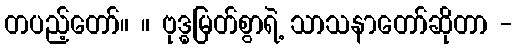
တပည့်တော်။ ။ ဗုဒ္ဓမြတ်စွာရဲ့ သာသနာတော်ဆိုတာ -